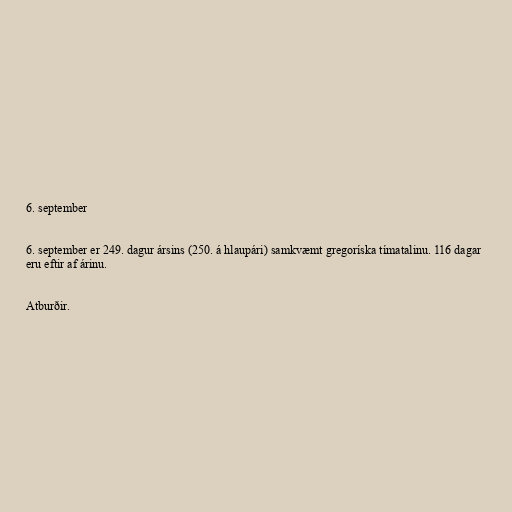
6. september

6. september er 249. dagur ársins (250. á hlaupári) samkvæmt gregoríska tímatalinu. 116 dagar
eru eftir af árinu.

Atburðir.